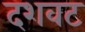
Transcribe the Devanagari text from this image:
दशवट